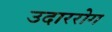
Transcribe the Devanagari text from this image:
उदाररोग